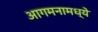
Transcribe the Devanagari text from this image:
आगमनामध्ये